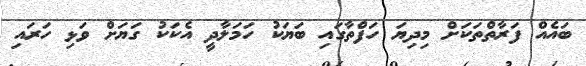
ބައެއް ފަރާތްތަކަށް މިދިޔަ ހަފްތާގައި ބަޔަކު ހަމަލާދީ އެކަކު ގަޔަށް ވަޅި ހަރައި